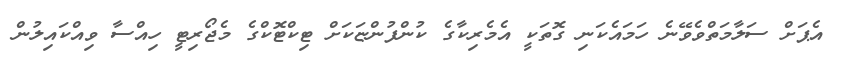
އެޕަށް ސަލާމަތްވެވޭނެ ހަމައެކަނި ގޮތަކީ އެމެރިކާގެ ކުންފުންޏަކަށް ޓިކްޓޮކްގެ މެޖޯރިޓީ ހިއްސާ ވިއްކައިލުން